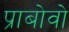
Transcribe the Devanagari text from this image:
प्राबोवो